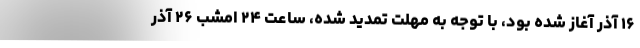
۱۶ آذر آغاز شده بود، با توجه به مهلت تمدید شده، ساعت ۲۴ امشب ۲۶ آذر